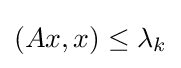
(Ax,x)\leq \lambda _{k}